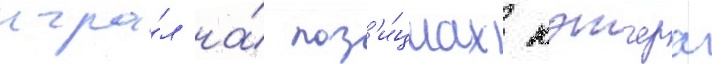
игра́л на́ поз'и́циах кэтчера